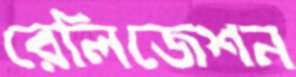
রেলিজেশন